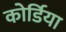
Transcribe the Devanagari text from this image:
कोर्डिया